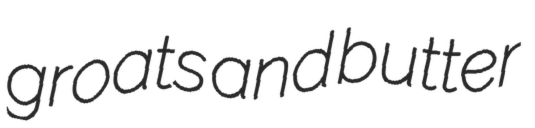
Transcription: groats and butter